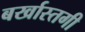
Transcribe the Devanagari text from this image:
बर्खास्‍तगी